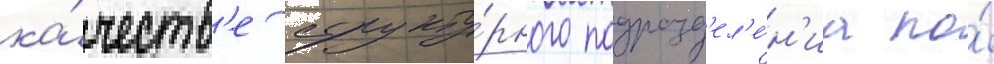
ка́честв'е структу́рного подразд'ел'е́н'иа по́